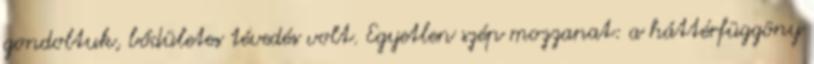
gondoltuk, bődületes tévedés volt. Egyetlen szép mozzanat: a háttérfüggöny